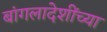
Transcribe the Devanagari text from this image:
बांगलादेशींच्या